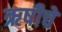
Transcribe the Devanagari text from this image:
ऋषीचें